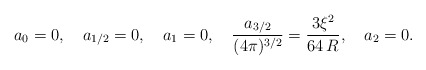
\begin{align*}a_0=0, \quad a_{1/2}=0,\quad a_{1}=0,\quad \frac{a_{3/2}}{(4\pi)^{3/2}}=\frac{3\xi^2}{64\,R}, \quad a_2=0. \end{align*}